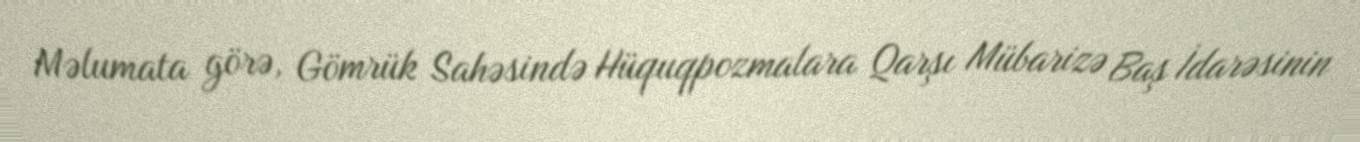
Məlumata görə, Gömrük Sahəsində Hüquqpozmalara Qarşı Mübarizə Baş İdarəsinin